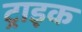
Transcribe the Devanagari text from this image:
ट्राइक